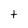
Character: t